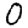
Digit: 0